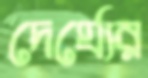
দের্ঘ্যের